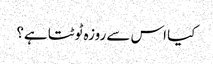
کیا اس سے روزہ ٹوٹتا ہے؟